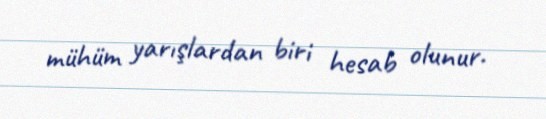
mühüm yarışlardan biri hesab olunur.